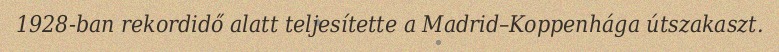
1928-ban rekordidő alatt teljesítette a Madrid–Koppenhága útszakaszt.